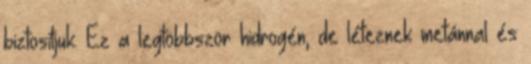
biztosítjuk. Ez a legtöbbször hidrogén, de léteznek metánnal és